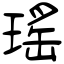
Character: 瑤